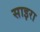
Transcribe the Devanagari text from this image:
साइरा